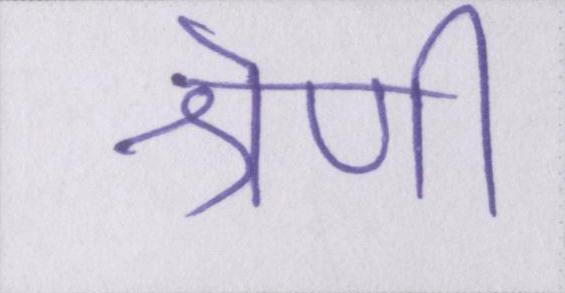
श्रेणी